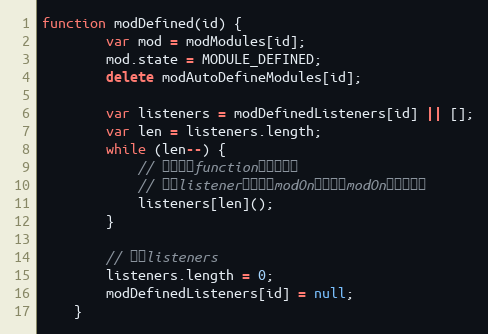
Language: JavaScript
function modDefined(id) {
        var mod = modModules[id];
        mod.state = MODULE_DEFINED;
        delete modAutoDefineModules[id];

        var listeners = modDefinedListeners[id] || [];
        var len = listeners.length;
        while (len--) {
            // 这里不做function类型的检测
            // 因为listener都是通过modOn传入的，modOn为内部调用
            listeners[len]();
        }

        // 清理listeners
        listeners.length = 0;
        modDefinedListeners[id] = null;
    }